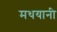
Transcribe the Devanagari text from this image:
मथयानी